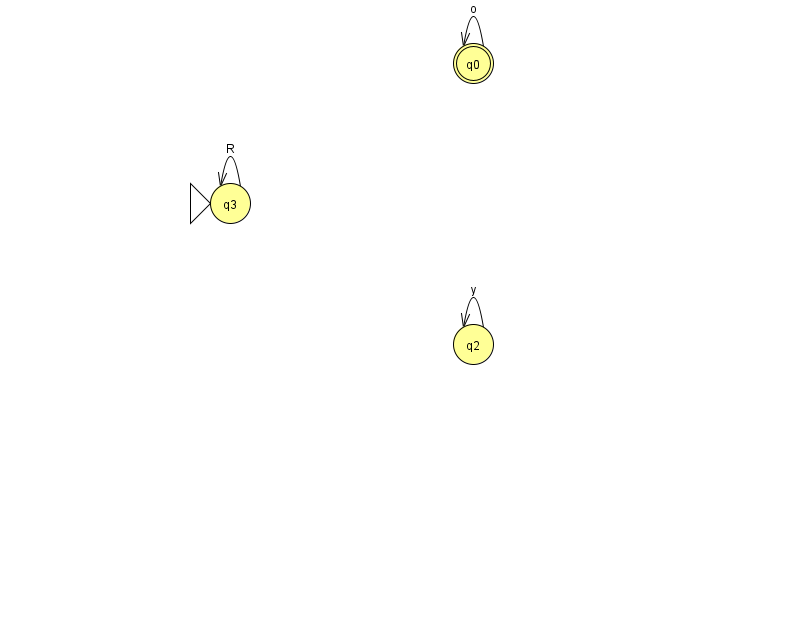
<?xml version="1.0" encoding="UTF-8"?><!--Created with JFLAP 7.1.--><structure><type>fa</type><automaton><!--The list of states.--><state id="0" name="q0"><x>473.0</x><y>50.0</y><final/></state><state id="2" name="q2"><x>473.0</x><y>331.0</y></state><state id="3" name="q3"><x>230.0</x><y>190.0</y><initial/></state><!--The list of transitions.--><transition><from>3</from><to>3</to><read>R</read></transition><transition><from>2</from><to>2</to><read>y</read></transition><transition><from>0</from><to>0</to><read>o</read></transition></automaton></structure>